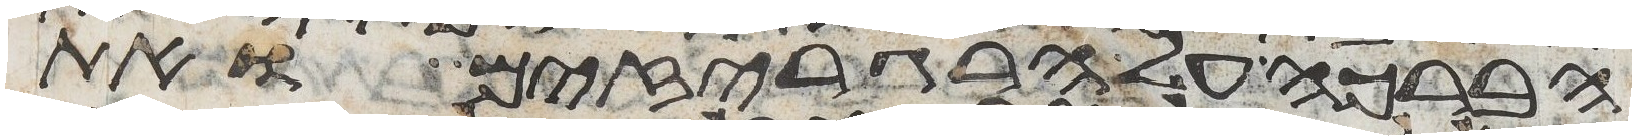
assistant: הברכה על הרגריזים ואת